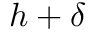
h + \delta